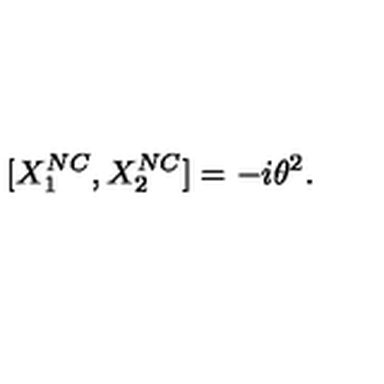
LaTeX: [ { X } _ { 1 } ^ { N C } , { X } _ { 2 } ^ { N C } ] = - i { \theta } ^ { 2 } .